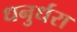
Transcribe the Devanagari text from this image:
धनुर्धरा